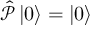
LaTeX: { \hat { \mathcal { P } } } \left| 0 \right\rangle = \left| 0 \right\rangle